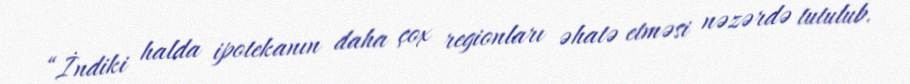
“İndiki halda ipotekanın daha çox regionları əhatə etməsi nəzərdə tutulub.